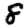
Digit: 8